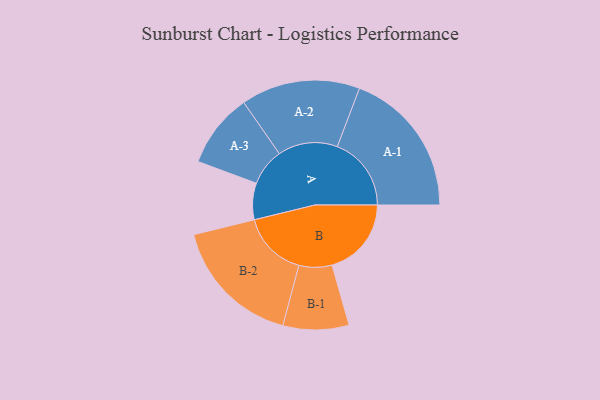
{"axis": {"x": "Segment", "y": "Value"}, "legend": ["", "A", "B"], "data": [{"x": "A", "y": 144, "type": ""}, {"x": "B", "y": 313, "type": ""}, {"x": "A-1", "y": 292, "type": "A"}, {"x": "A-2", "y": 235, "type": "A"}, {"x": "A-3", "y": 147, "type": "A"}, {"x": "B-1", "y": 130, "type": "B"}, {"x": "B-2", "y": 259, "type": "B"}]}